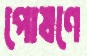
পোষণে